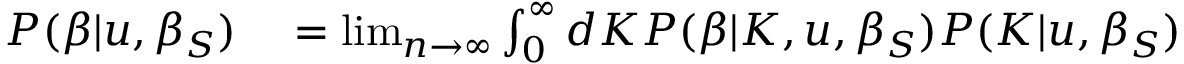
\begin{array} { r l } { P ( \beta | u , \beta _ { S } ) } & { { } = \operatorname* { l i m } _ { n \rightarrow \infty } \int _ { 0 } ^ { \infty } d K P ( \beta | K , u , \beta _ { S } ) P ( K | u , \beta _ { S } ) } \end{array}